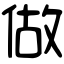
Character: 做